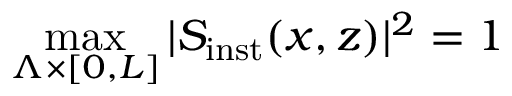
\operatorname* { m a x } _ { \Lambda \times \lbrack 0 , L \rbrack } \vert S _ { \mathrm { i n s t } } ( x , z ) \vert ^ { 2 } = 1